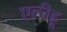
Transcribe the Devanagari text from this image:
एलीहू